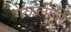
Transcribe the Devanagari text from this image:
गळलेली